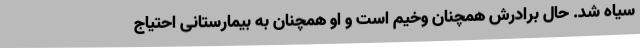
سیاه شد. حال برادرش همچنان وخیم است و او همچنان به بیمارستانی احتیاج